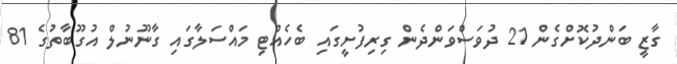
ގާޒީ ބަންދުކޮށްގެން 21 ދުވަސްވަންދެން ގިރިފުށީގައި ބެހެއްޓި މައްސަލާގައި ގާނޫނުލް އުގޫބާތުގެ 81